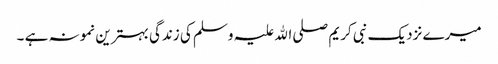
میرے نزدیک نبی کریم صلی اﷲ علیہ وسلم کی زندگی بہترین نمونہ ہے ۔